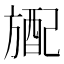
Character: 𬀎